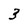
Character: 3